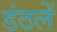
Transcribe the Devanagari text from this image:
डंठलें